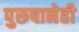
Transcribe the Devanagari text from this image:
पुरूषानेही